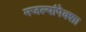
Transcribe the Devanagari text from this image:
मजल्यांपेक्शा